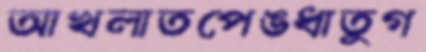
আখলাতপেঙধাতুগ